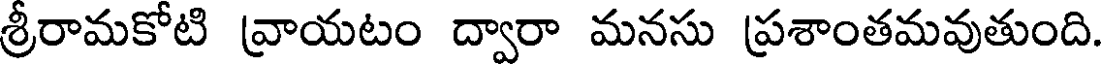
శ్రీరామకోటి వ్రాయటం ద్వారా మనసు ప్రశాంతమవుతుంది.